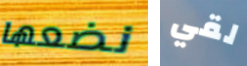
نضعها لقي